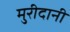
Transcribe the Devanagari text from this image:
मुरीदानी